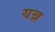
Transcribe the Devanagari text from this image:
यन्न